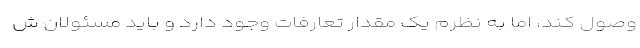
وصول کند، اما به نظرم یک مقدار تعارفات وجود دارد و باید مسئولان ش